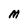
Character: M